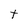
Character: t